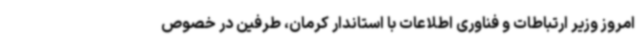
امروز وزیر ارتباطات و فناوری اطلاعات با استاندار کرمان، طرفین در خصوص